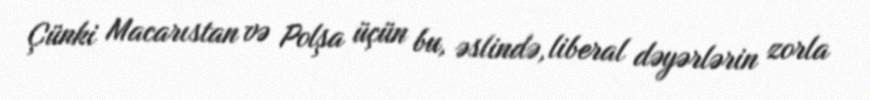
Çünki Macarıstan və Polşa üçün bu, əslində, liberal dəyərlərin zorla